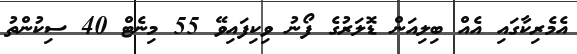
އެމެރިކާގައި އެއް ބިލިއަން ޑޮލަރުގެ ފޯނު ވިކިފައިވޭ 55 މިނެޓް 40 ސިކުންތު